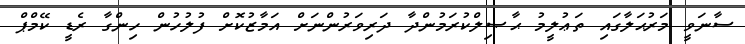
ސާނަވީ މަރުޙަލާގައި ތަޢުލީމު ޙާޞިލްކުރަމުންދާ ދަރިވަރުންނަށް އަމާޒުކޮށް ފުލުހުން ހިންގާ ރެޑީ ކޭމްޕް